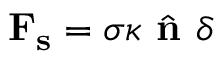
\mathbf { F _ { s } } = \sigma \kappa \hat { \textbf { n } } \delta